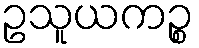
ဥသူယကဉ္စ